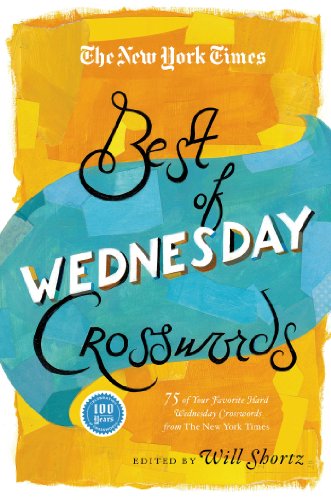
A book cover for The New York Times Best of Wednesday Crosswords: 75 of Your Favorite Medium-Level Wednesday Crosswords from The New York Times; The New York Times; Humor & Entertainment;